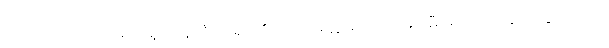
ကားလ်ဗတ်တို့ အိမ်ကမူ ယန်ကီ စာရင်းဒိုင်က မေတ္တာရပ်ခံသဖြင့် မီးဘေးက လွတ်သွားသည်။